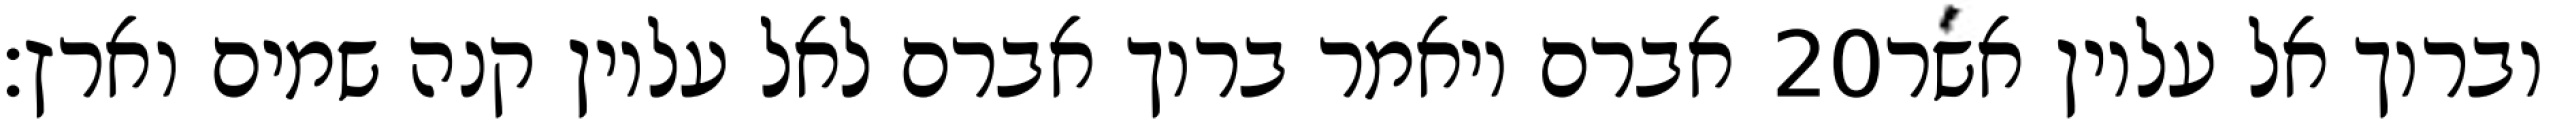
אברם ויאמר ברוך אברם לאל עליון קנה שמים וארץ׃ ‎20‏ וברוך אל עליון אשר